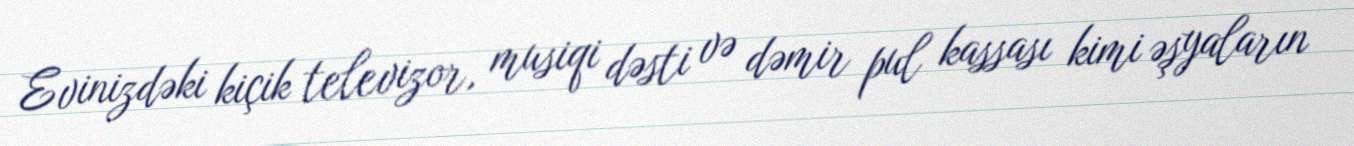
Evinizdəki kiçik televizor, musiqi dəsti və dəmir pul kassası kimi əşyaların